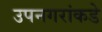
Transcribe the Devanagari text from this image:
उपनगरांकडे